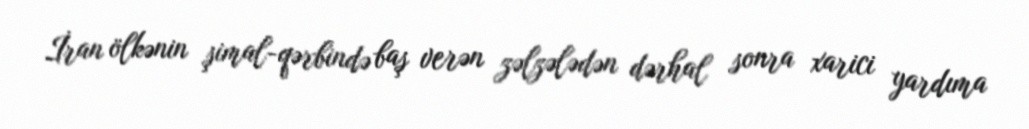
İran ölkənin şimal-qərbində baş verən zəlzələdən dərhal sonra xarici yardıma